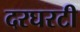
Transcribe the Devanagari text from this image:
दरघरटी